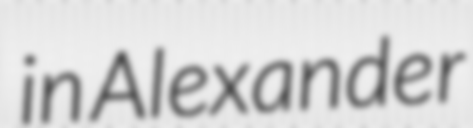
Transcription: in Alexander